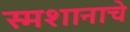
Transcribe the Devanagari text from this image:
स्मशानाचे